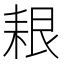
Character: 𦫎